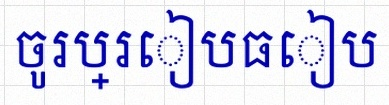
ចូរប្រៀបធៀប